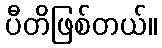
ပီတိဖြစ်တယ်။